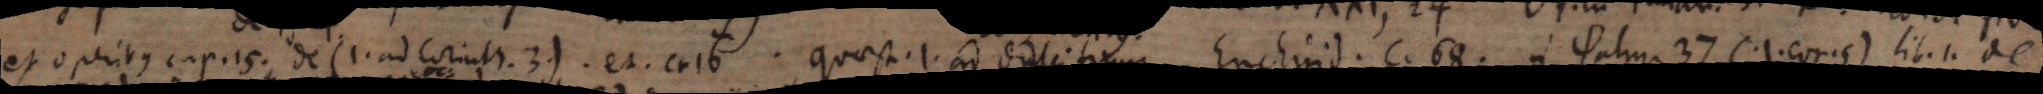
et operibus cap. 15 de (1. ad. Corinth. 3.) et c. 16. Quaest. 1. ad Dulcitium; Enchirid. c. 68. in psalm. 37. (1. Cor. 5.) lib. 1. de